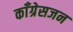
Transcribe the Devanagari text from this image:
काँग्रेसजन